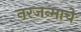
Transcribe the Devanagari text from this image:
नरजन्माचे